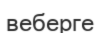
веберге